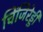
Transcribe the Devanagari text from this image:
चिंजिरेड्डी